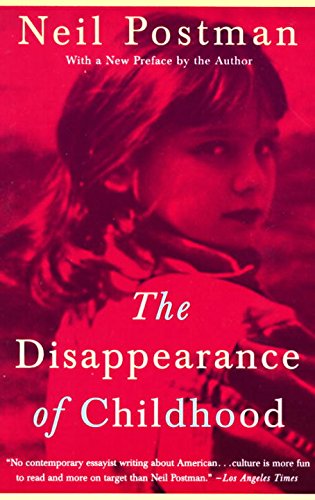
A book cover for The Disappearance of Childhood; Neil Postman; Politics & Social Sciences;